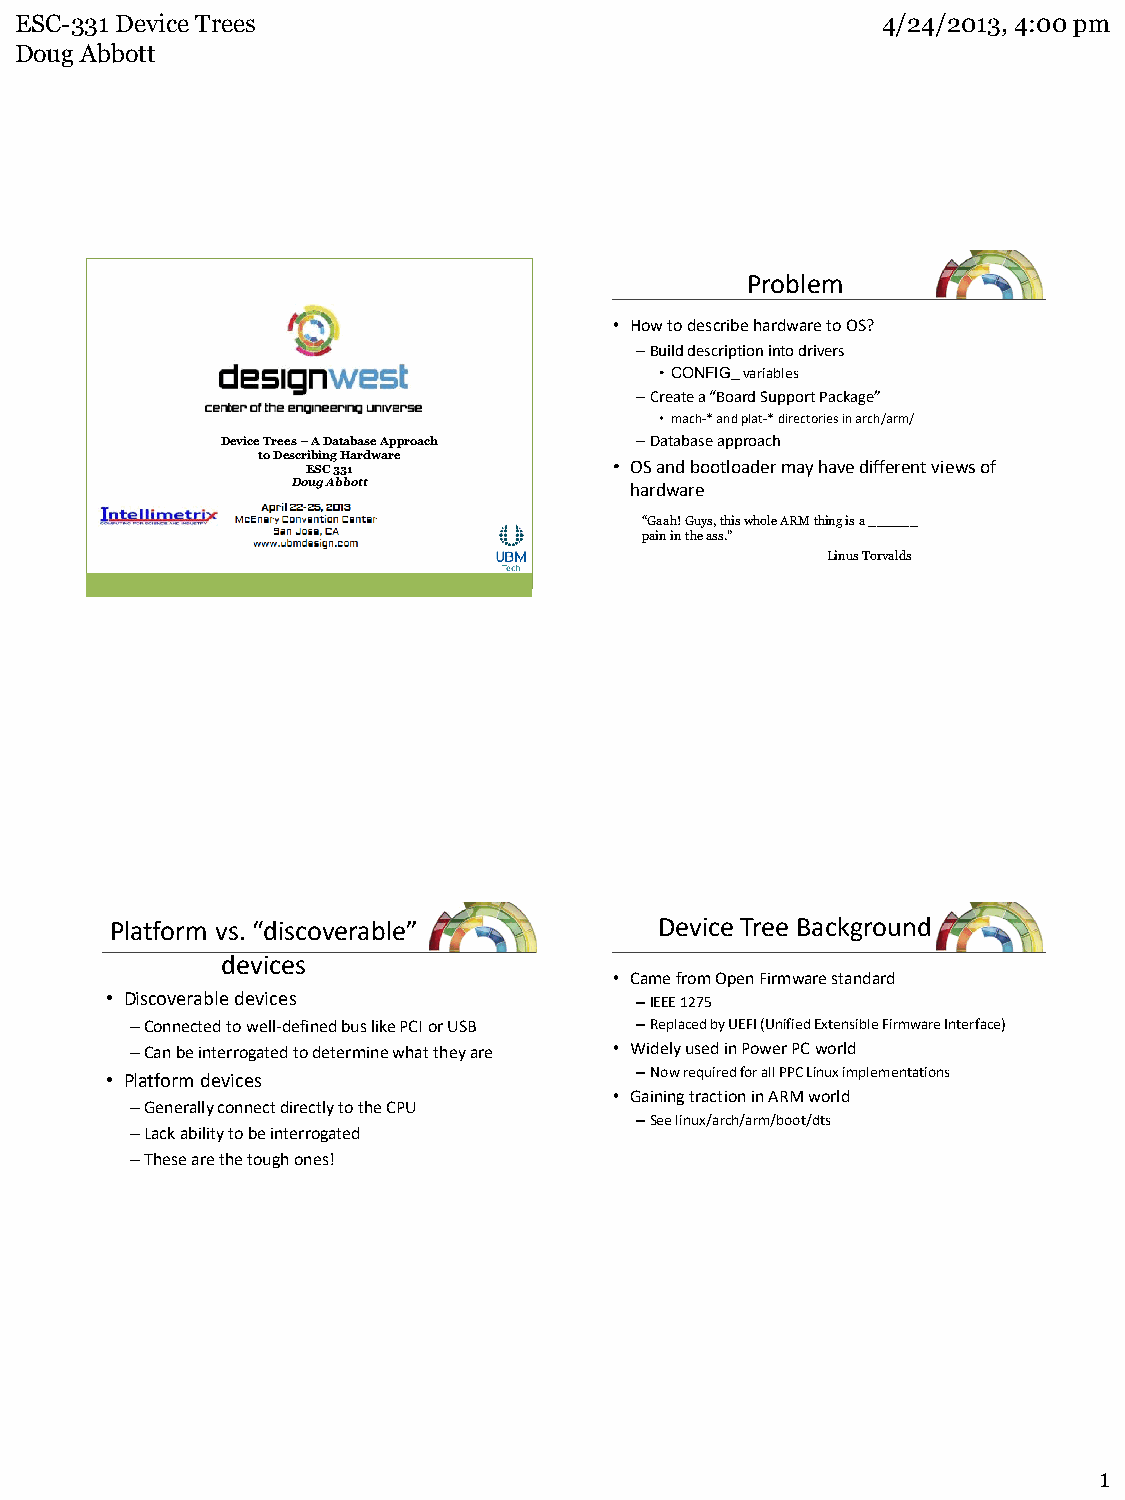
ESC-331 Device Trees                                     4/24/2013, 4:00 pm
 Doug Abbott
 Problem
 • How to describe hardware to OS?
 –Build description into drivers
 •CONFIG_ variables
 –Create a “Board Support Package”
 • mach-* and plat-* directories in arch/arm/
 Device Trees – A Database Approach –Database approach
 to Describing Hardware
 ESC 331              • OS and bootloader may have different views of
 Doug Abbott            hardware
 “Gaah! Guys, this whole ARM thing is a ______
 pain in the ass.”
 Linus Torvalds
 Platform vs. “discoverable”          Device Tree Background
 devices
 • Came from Open Firmware standard
 • Discoverable devices             –IEEE 1275
 –Connected to well-defined bus like PCI or USB –Replaced by UEFI (Unified Extensible Firmware Interface)
 –Can be interrogated to determine what they are • Widely used in Power PC world
 • Platform devices                 –Now required for all PPC Linux implementations
 • Gaining traction in ARM world
 –Generally connect directly to the CPU
 –See linux/arch/arm/boot/dts
 –Lack ability to be interrogated
 –These are the tough ones!
 1